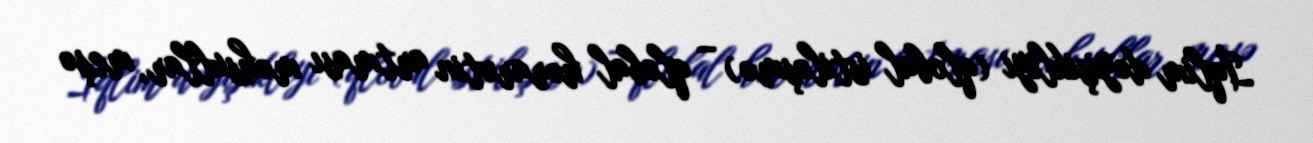
İqlim dəyişikliyi (qlobal istiləşmə) – qlobal hərarətin artması məhsullar, meşə